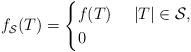
LaTeX: \begin{align*}f_{\mathcal{S}}(T)=\begin{cases}f(T) \, & \, |T|\in \mathcal{S},\\0 \, & \end{cases}\end{align*}